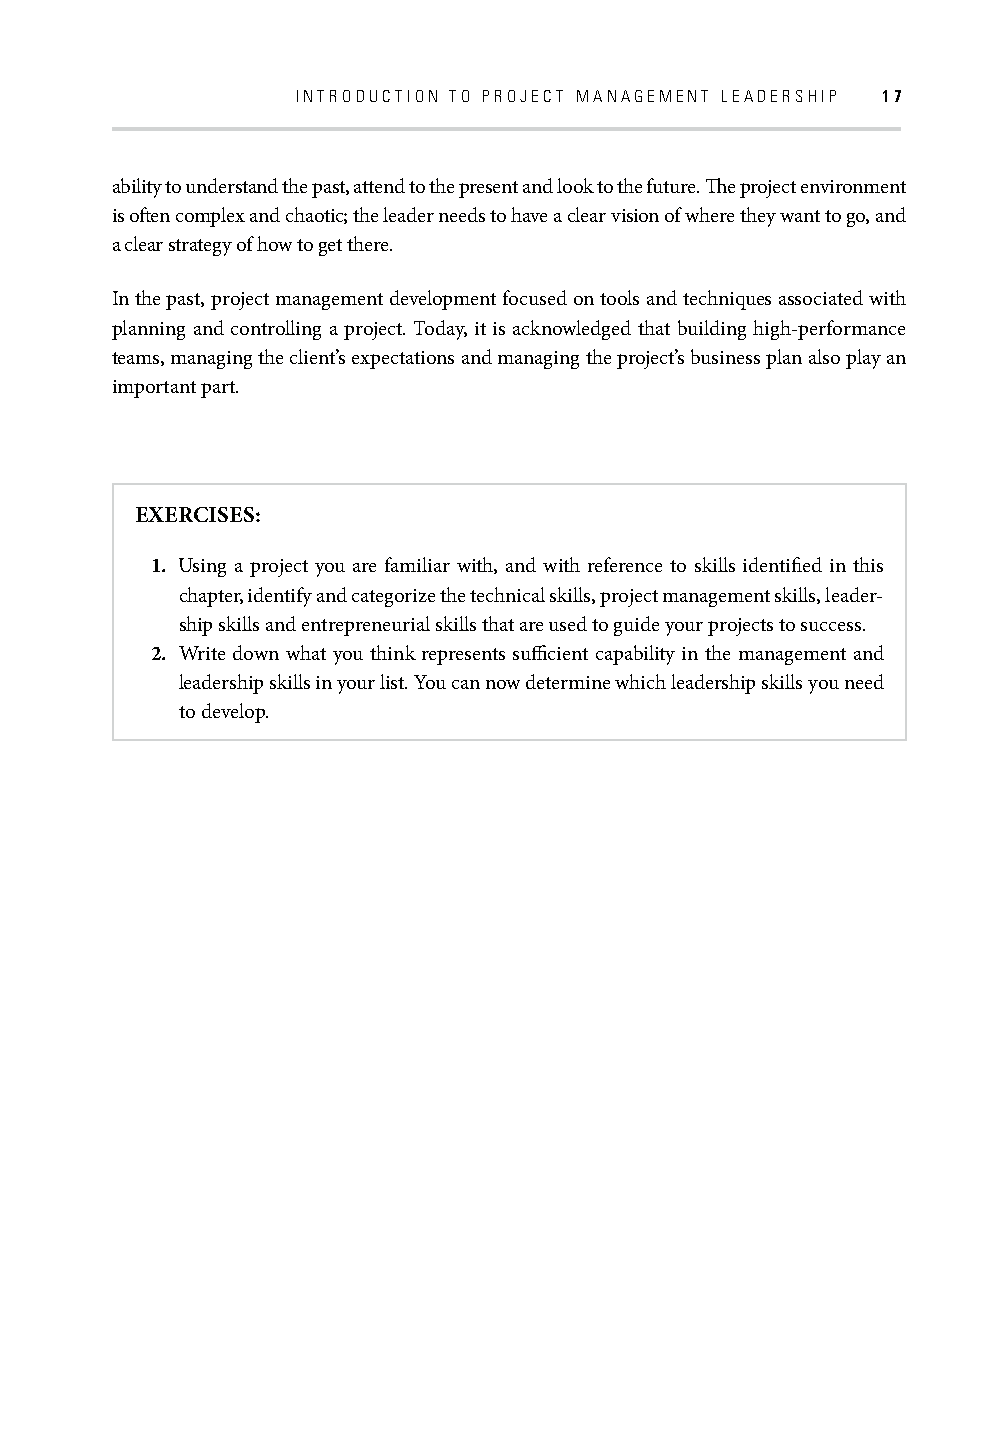
INTRODUCTION TO PROJECT MANAGEMENT LEADERSHIP 17
 ability to understand the past, attend to the present and look to the future. Th e project environment
 is oft en complex and chaotic; the leader needs to have a clear vision of where they want to go, and
 a clear strategy of how to get there.
 In the past, project management development focused on tools and techniques associated with
 planning and controlling a project. Today, it is acknowledged that building high-performance
 teams, managing the client’s expectations and managing the project’s business plan also play an
 important part.
 EXERCISES:
 1. Using a project you are familiar with, and with reference to skills identifi ed in this
 chapter, identify and categorize the technical skills, project management skills, leader-
 ship skills and entrepreneurial skills that are used to guide your projects to success.
 2. Write down what you think represents suffi cient capability in the management and
 leadership skills in your list. You can now determine which leadership skills you need
 to develop.